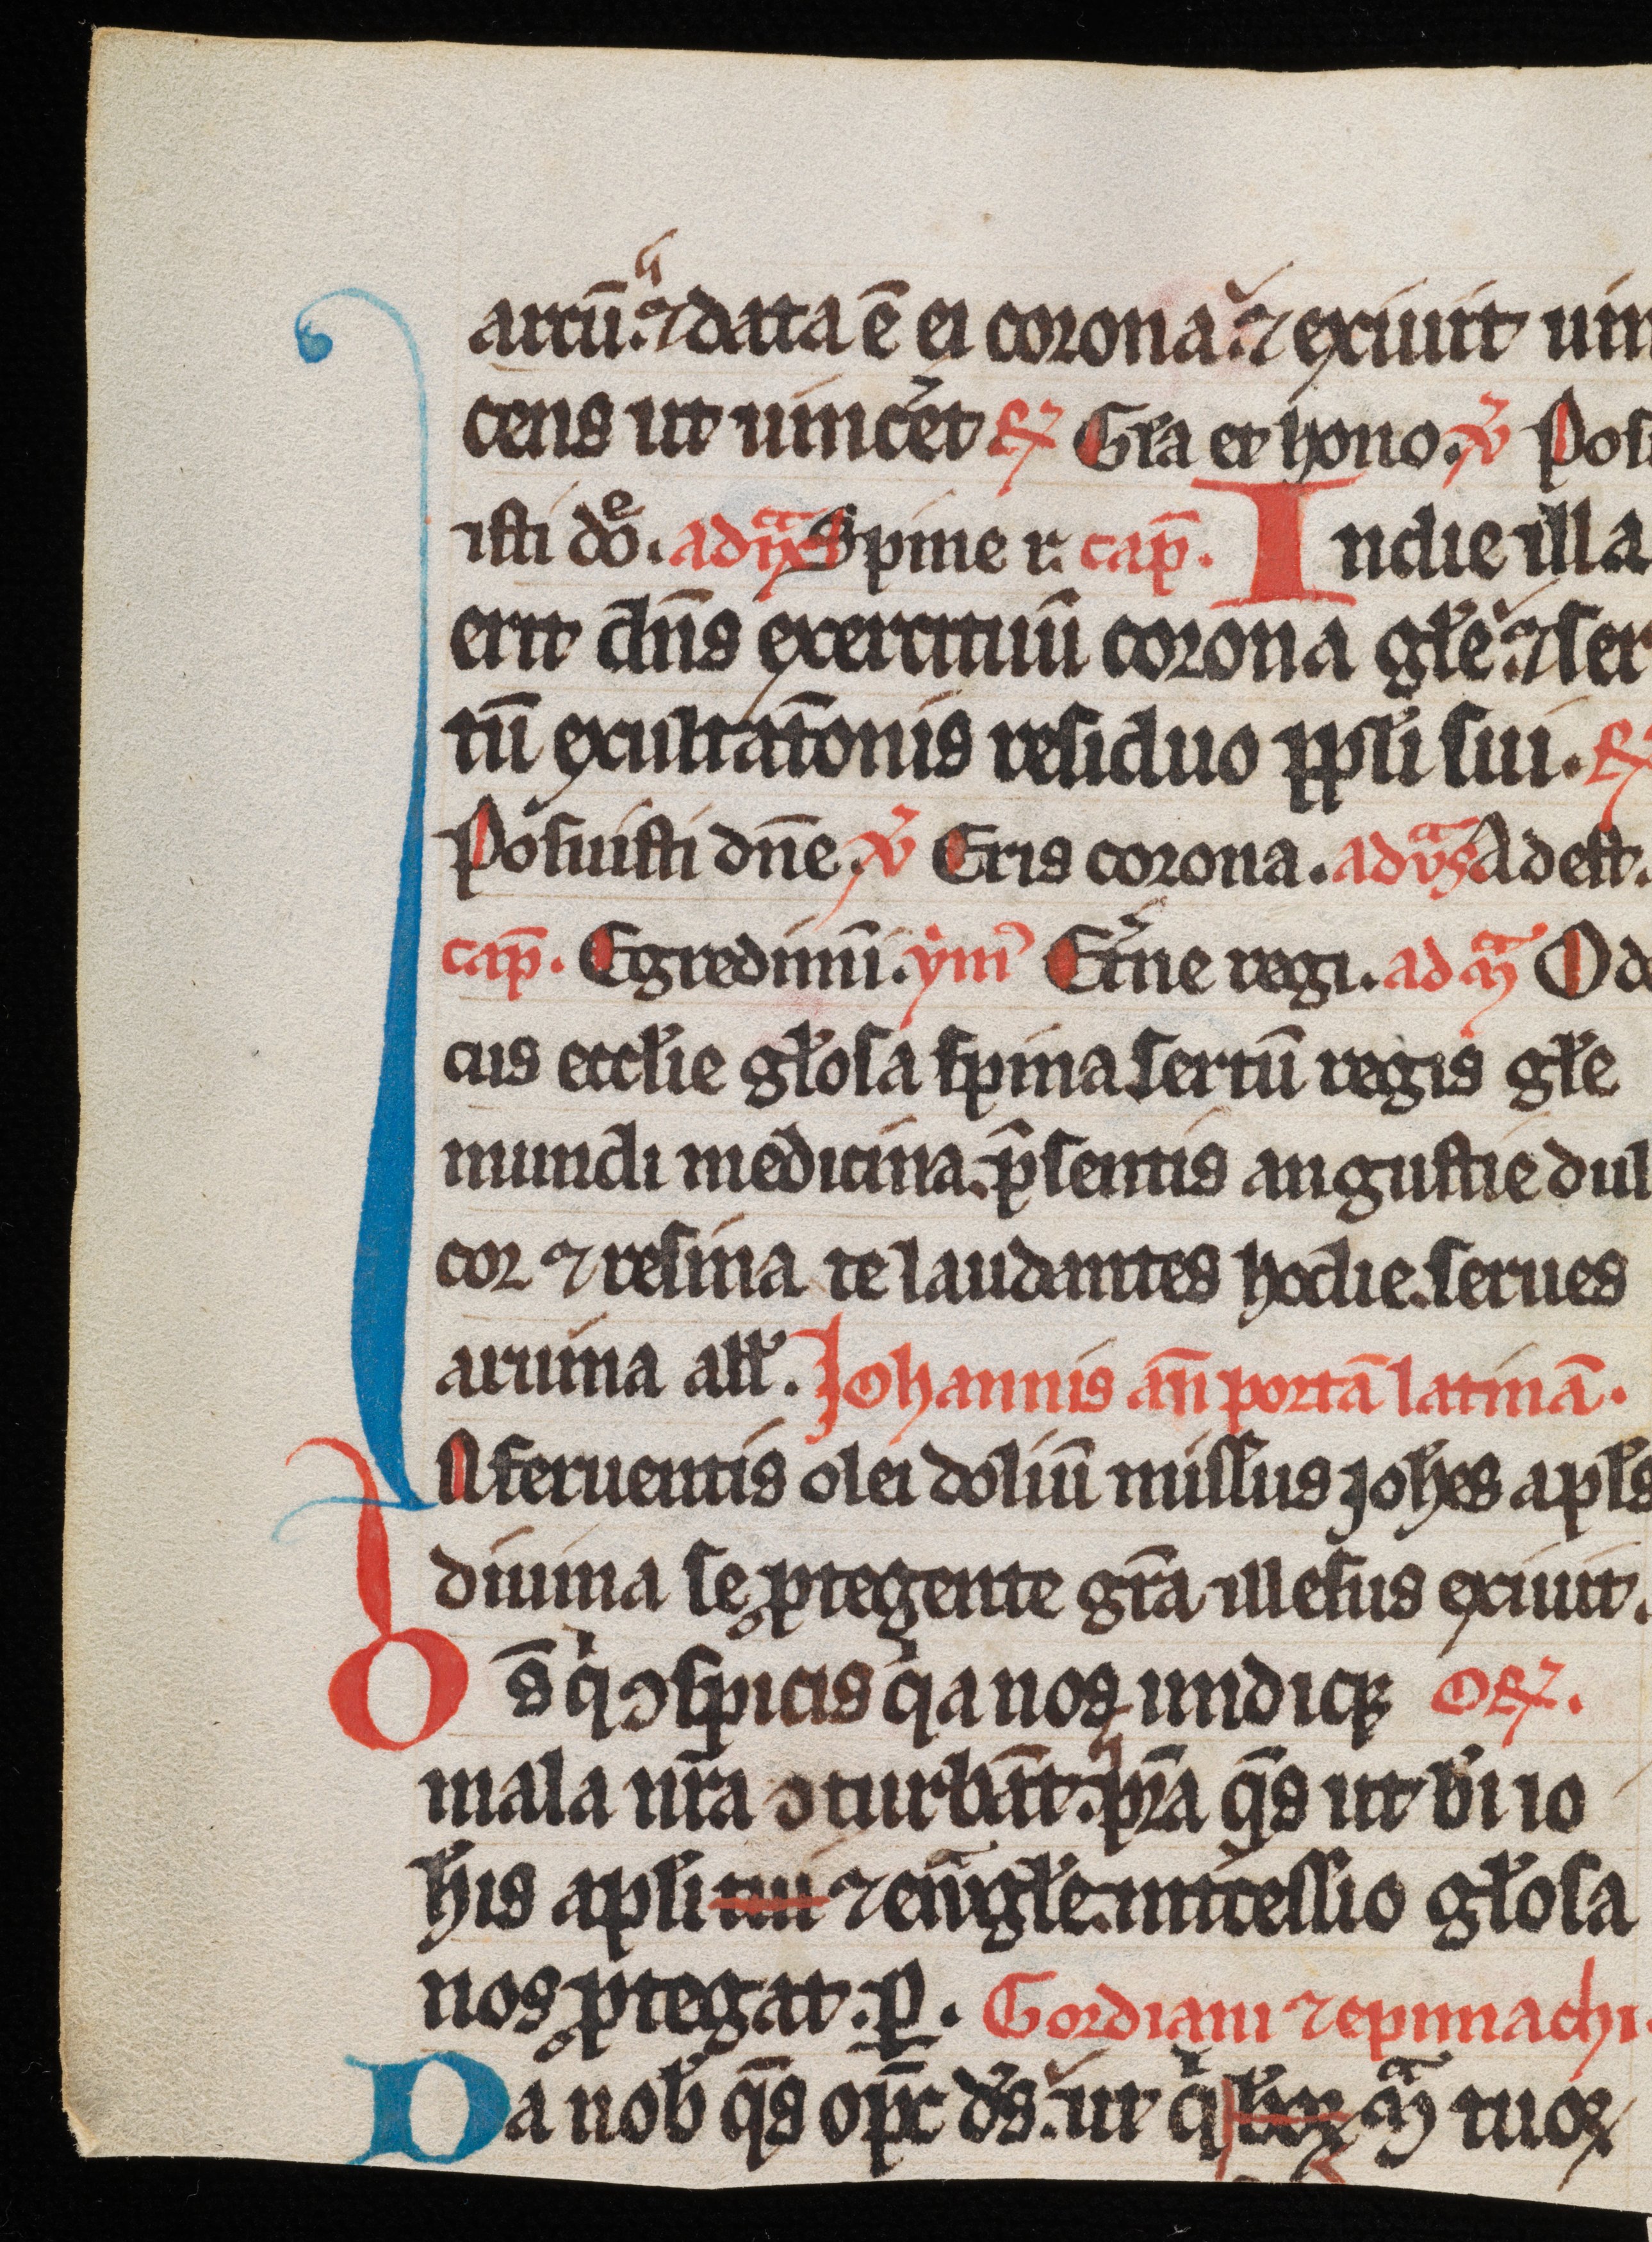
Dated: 1300–1349